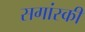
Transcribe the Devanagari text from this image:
सगांस्की